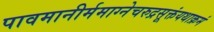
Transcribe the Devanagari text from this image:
पावमानीर्ममाग्नेचरुद्रसूक्तंयथाक्रमं